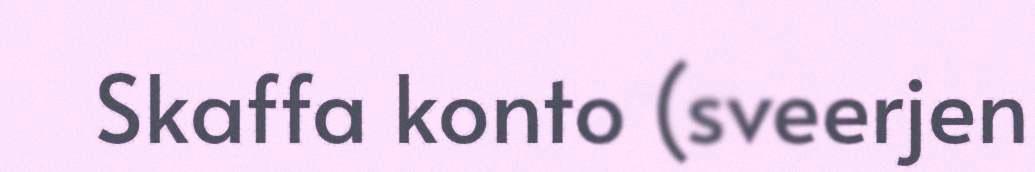
Skaffa konto (sveerjen